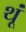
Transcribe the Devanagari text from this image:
थूं